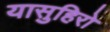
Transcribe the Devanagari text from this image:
यासुहिरो